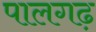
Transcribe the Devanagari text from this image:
पालगढ़